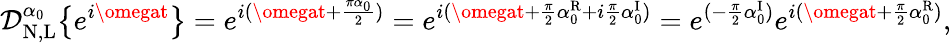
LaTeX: \mathcal{D}_{\mathrm{{N,L}}}^{\alpha_{0}}\big\{ {e^{i\omegat}\big\} }=e^{i(\omegat+\frac{{\pi\alpha_{0}}}{{2}})}=e^{i(\omegat+\frac{{\pi}}{{2}}\alpha_{0}^{\mathrm{{R}}}+i\frac{{\pi}}{{2}}\alpha_{0}^{\mathrm{{I}}})}=e^{(-\frac{{\pi}}{{2}}\alpha_{0}^{\mathrm{{I}}})}e^{i(\omegat+\frac{{\pi}}{{2}}\alpha_{0}^{\mathrm{{R}}})},